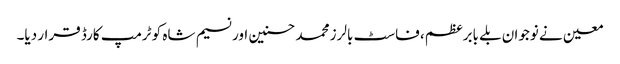
معین نے نوجوان بلے بابرعظم، فاسٹ بالرز محمد حسنین اور نسیم شاہ کو ٹرمپ کارڈ قرار دیا۔